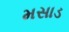
મસાડ